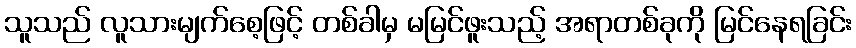
သူသည် လူသားမျက်စေ့ဖြင့် တစ်ခါမှ မမြင်ဖူးသည့် အရာတစ်ခုကို မြင်နေရခြင်း